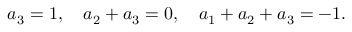
a _ { 3 } = 1 , \quad a _ { 2 } + a _ { 3 } = 0 , \quad a _ { 1 } + a _ { 2 } + a _ { 3 } = - 1 .